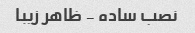
نصب ساده - ظاهر زیبا